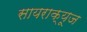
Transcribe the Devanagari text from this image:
सायराक्यूज